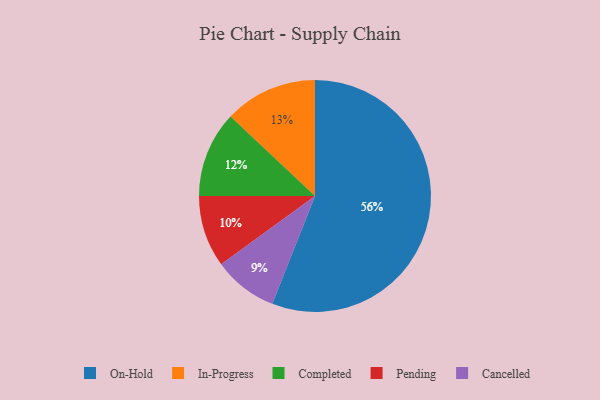
{"axis": {"x": "Category", "y": "Percentage"}, "legend": ["Cancelled", "Completed", "In-Progress", "On-Hold", "Pending"], "data": [{"x": "Pending", "y": 10, "type": "Pending"}, {"x": "On-Hold", "y": 56, "type": "On-Hold"}, {"x": "Cancelled", "y": 9, "type": "Cancelled"}, {"x": "Completed", "y": 12, "type": "Completed"}, {"x": "In-Progress", "y": 13, "type": "In-Progress"}]}